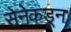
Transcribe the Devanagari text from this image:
सेनेकडून